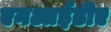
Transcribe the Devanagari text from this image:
एनआईडीए